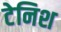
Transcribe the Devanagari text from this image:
टेनिश